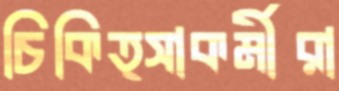
চিকিত্সাকর্মীরা